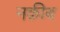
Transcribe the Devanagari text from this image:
नक़ीब